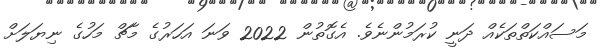
މަސައްކަތްތަކެއް ދަނީ ކުރަމުންނެވެ. އެގޮތުން 2022 ވަނަ އަހަރުގެ މާޗް މަހުގެ ނިޔަލަށް